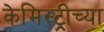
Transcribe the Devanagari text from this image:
केमिस्ट्रीच्या